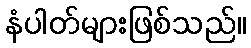
နံပါတ်များဖြစ်သည်။